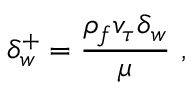
\delta _ { w } ^ { + } = \frac { \rho _ { f } v _ { \tau } \delta _ { w } } { \mu } \mathrm { ~ , ~ }